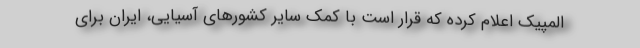
المپیک اعلام کرده که قرار است با کمک سایر کشورهای آسیایی، ایران برای